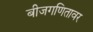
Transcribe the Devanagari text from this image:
बीजगणितावर